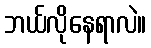
ဘယ်လိုနေရာလဲ။